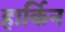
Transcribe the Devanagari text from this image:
हार्किन